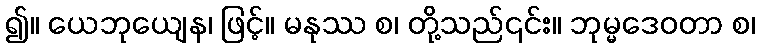
၍။ ယေဘုယျေန၊ ဖြင့်။ မနုဿ စ၊ တို့သည်၎င်း။ ဘုမ္မဒေဝတာ စ၊